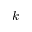
k